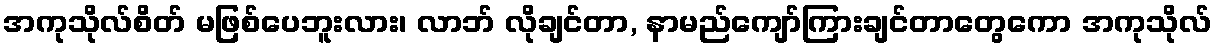
အကုသိုလ်စိတ် မဖြစ်ပေဘူးလား၊ လာဘ် လိုချင်တာ, နာမည်ကျော်ကြားချင်တာတွေကော အကုသိုလ်